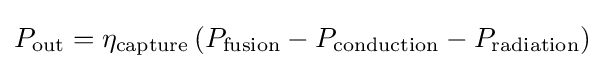
P_{\text{out}}=\eta _{\text{capture}}\left(P_{\text{fusion}}-P_{\text{conduction}}-P_{\text{radiation}}\right)